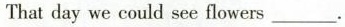
That day we could see flowers ____。